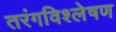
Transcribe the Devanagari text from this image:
तरंगविश्लेषण